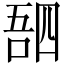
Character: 𫪸